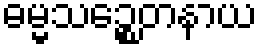
ဓမ္မသဉ္စေတနာယ